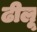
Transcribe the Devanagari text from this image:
ढीलू